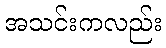
အသင်းကလည်း